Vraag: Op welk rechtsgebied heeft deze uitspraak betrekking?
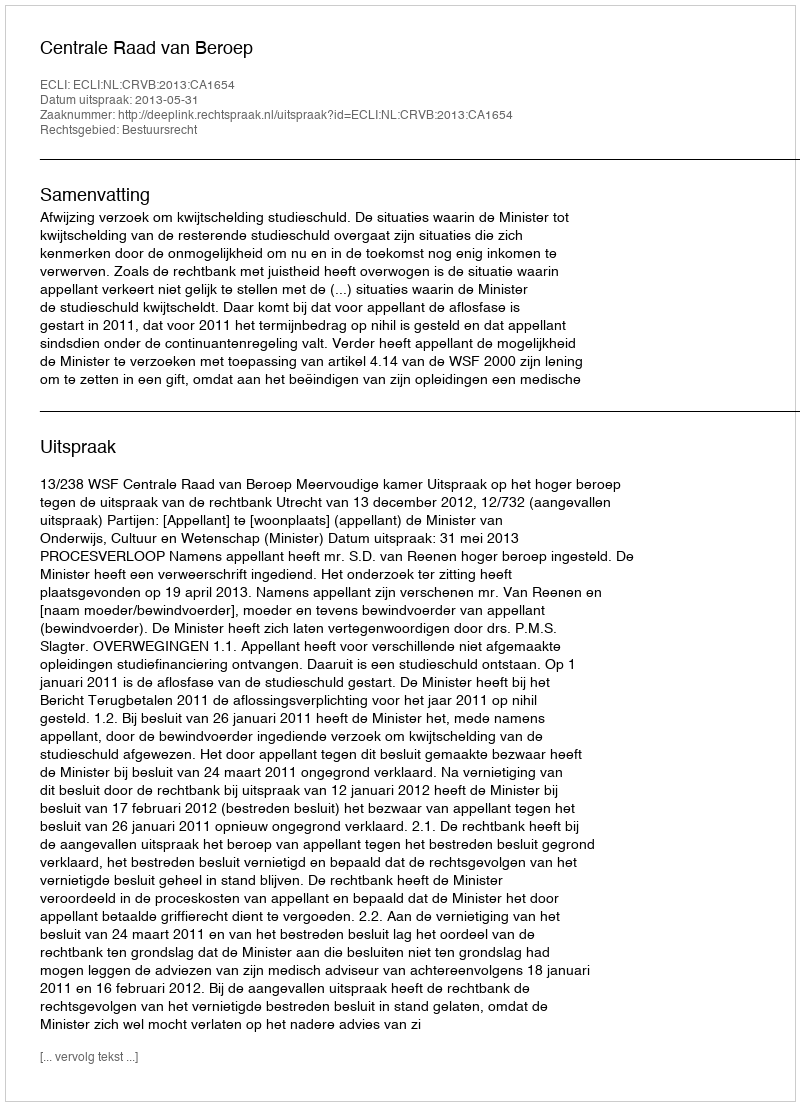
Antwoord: Bestuursrecht